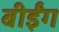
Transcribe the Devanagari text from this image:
बीईंग